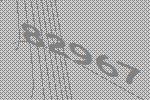
82967